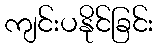
ကျင်းပနိုင်ခြင်း